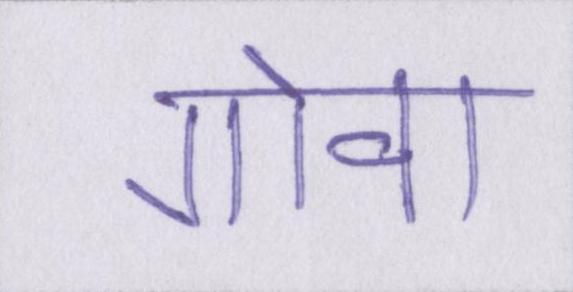
गोवा